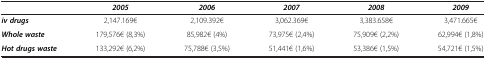
<table><thead><tr><td><b> </b></td><td><b><i>2005</i></b></td><td><b><i>2006</i></b></td><td><b><i>2007</i></b></td><td><b><i>2008</i></b></td><td><b><i>2009</i></b></td></tr></thead><tbody><tr><td><b><i>iv drugs</i></b></td><td>2,147.169€</td><td>2,109.392€</td><td>3,062.369€</td><td>3,383.658€</td><td>3,471.665€</td></tr><tr><td><b><i>Whole waste</i></b></td><td>179,576€ (8,3%)</td><td>85,982€ (4%)</td><td>73,975€ (2,4%)</td><td>75,909€ (2,2%)</td><td>62,994€ (1,8%)</td></tr><tr><td><b><i>Hot drugs waste</i></b></td><td>133,292€ (6,2%)</td><td>75,788€ (3,5%)</td><td>51,441€ (1,6%)</td><td>53,386€ (1,5%)</td><td>54,721€ (1,5%)</td></tr></tbody></table>